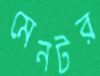
মেনটর